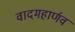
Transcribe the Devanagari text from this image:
वादमहार्णव